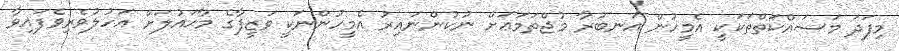
މިފަދަ މަސައްކަތްތަކަކީ އެމީހުން އަނބުރާ މުޖްތަމަޢަށް ނުކުންނައިރު އެމީހުންނަކީ ވަޒީފާގެ މާޙައުލަށް އަހުލުވެރިވެފައިވާ